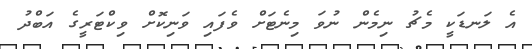
އެ ލަނޑަކީ މެޗު ނިމެން ނުވަ މިނެޓަށް ވެފައި ވަނިކޮށް ވިކްޓަރީގެ އަބްދު